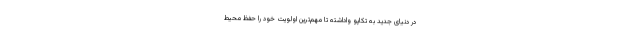
در دنیای جدید به تکاپو واداشته تا مهم‌ترین اولویت خود را حفظ محیط